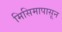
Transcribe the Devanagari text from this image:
मिसिमापासून